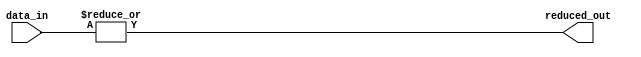
module reduce_or #(
    parameter NUM_INTERM_STAGES = 4,
    parameter ROW_INDEX = 0,
    parameter LEN = 4
) (
    input [LEN-1:0] data_in,
    output reduced_out
);

    // Reduce operation
    //assign reduced_out = |data_stride;
    assign reduced_out = |data_in[ROW_INDEX*NUM_INTERM_STAGES+(NUM_INTERM_STAGES-1):ROW_INDEX*NUM_INTERM_STAGES];

endmodule